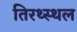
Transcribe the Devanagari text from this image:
तिरथ्स्थल